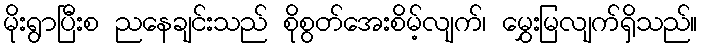
မိုးရွာပြီးစ ညနေချင်းသည် စိုစွတ်အေးစိမ့်လျက်၊ မွှေးမြလျက်ရှိသည်။